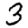
Digit: 3